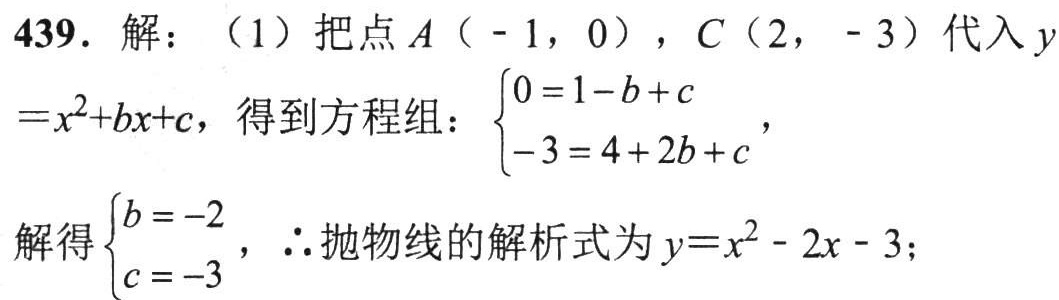
439. 解：（1）把点\(A(-1,0)\)，\(C(2,-3)\)代入\(y = x^{2}+bx + c\)，得到方程组：\(\begin{cases}0 = 1 - b + c\\-3 = 4 + 2b + c\end{cases}\)，
解得\(\begin{cases}b = -2\\c = -3\end{cases}\)，\(\therefore\)抛物线的解析式为\(y = x^{2}-2x - 3\)；